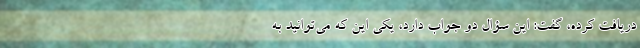
دریافت کرده، گفت: این سؤال دو جواب دارد، یکی این که می‌توانید به